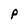
Character: P